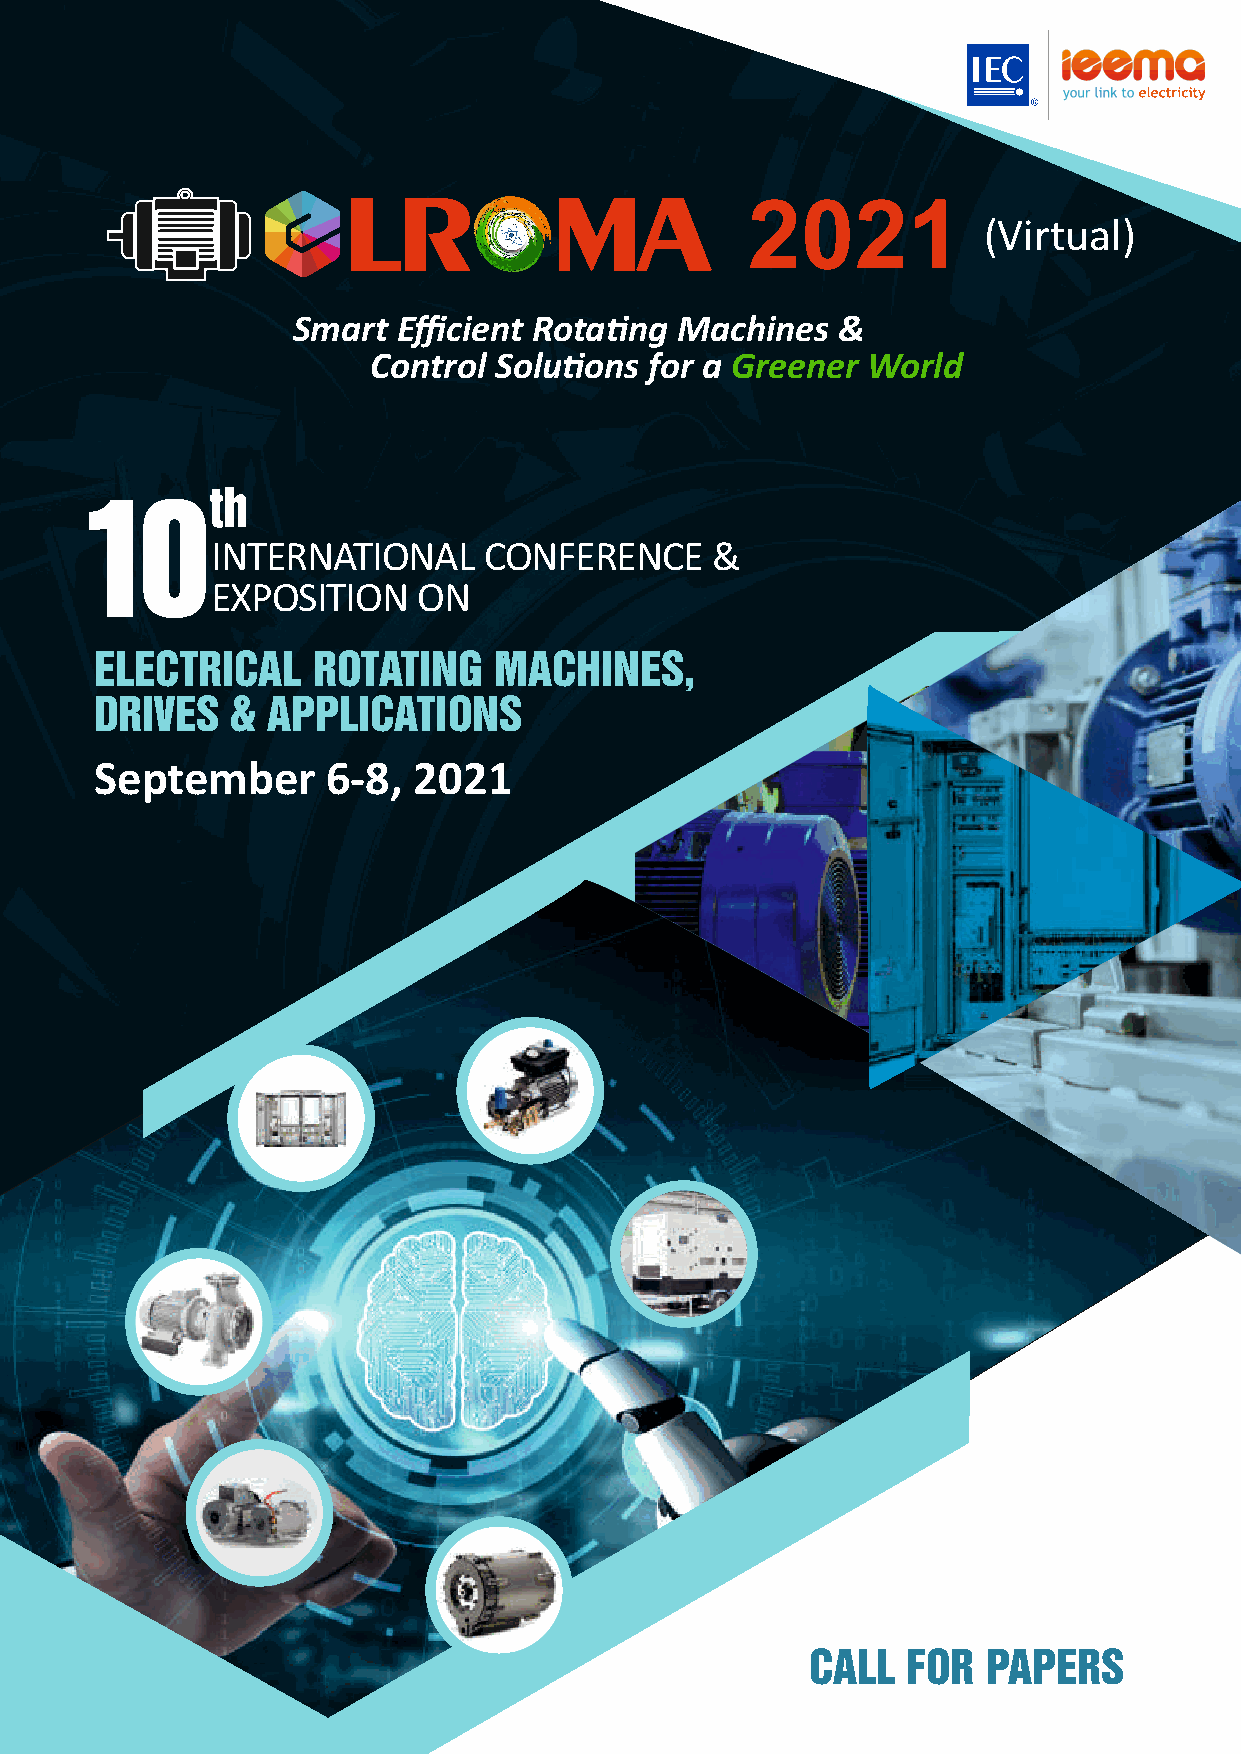
2021
 (Virtual)
 Smart  Efficient Rotang  Machines  &
 Control Soluons  for a Greener World
 th
 10
 INTERNATIONAL     CONFERENCE     &
 EXPOSITION    ON
 ELECTRICAL     ROTATING    MACHINES,
 DRIVES   &  APPLICATIONS
 September       6-8, 2021
 CALL  FOR  PAPERS